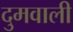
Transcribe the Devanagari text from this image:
दुमवाली